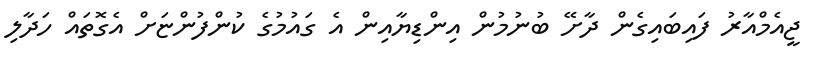
ޖީއެމްއާރު ފައިބައިގެން ދާށޭ ބުނުމުން އިންޑިޔާއިން އެ ގައުމުގެ ކުންފުންޏަށް އެގޮތައް ހަދާލި